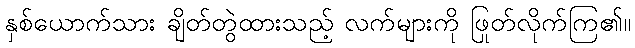
နှစ်ယောက်သား ချိတ်တွဲထားသည့် လက်များကို ဖြုတ်လိုက်ကြ၏။